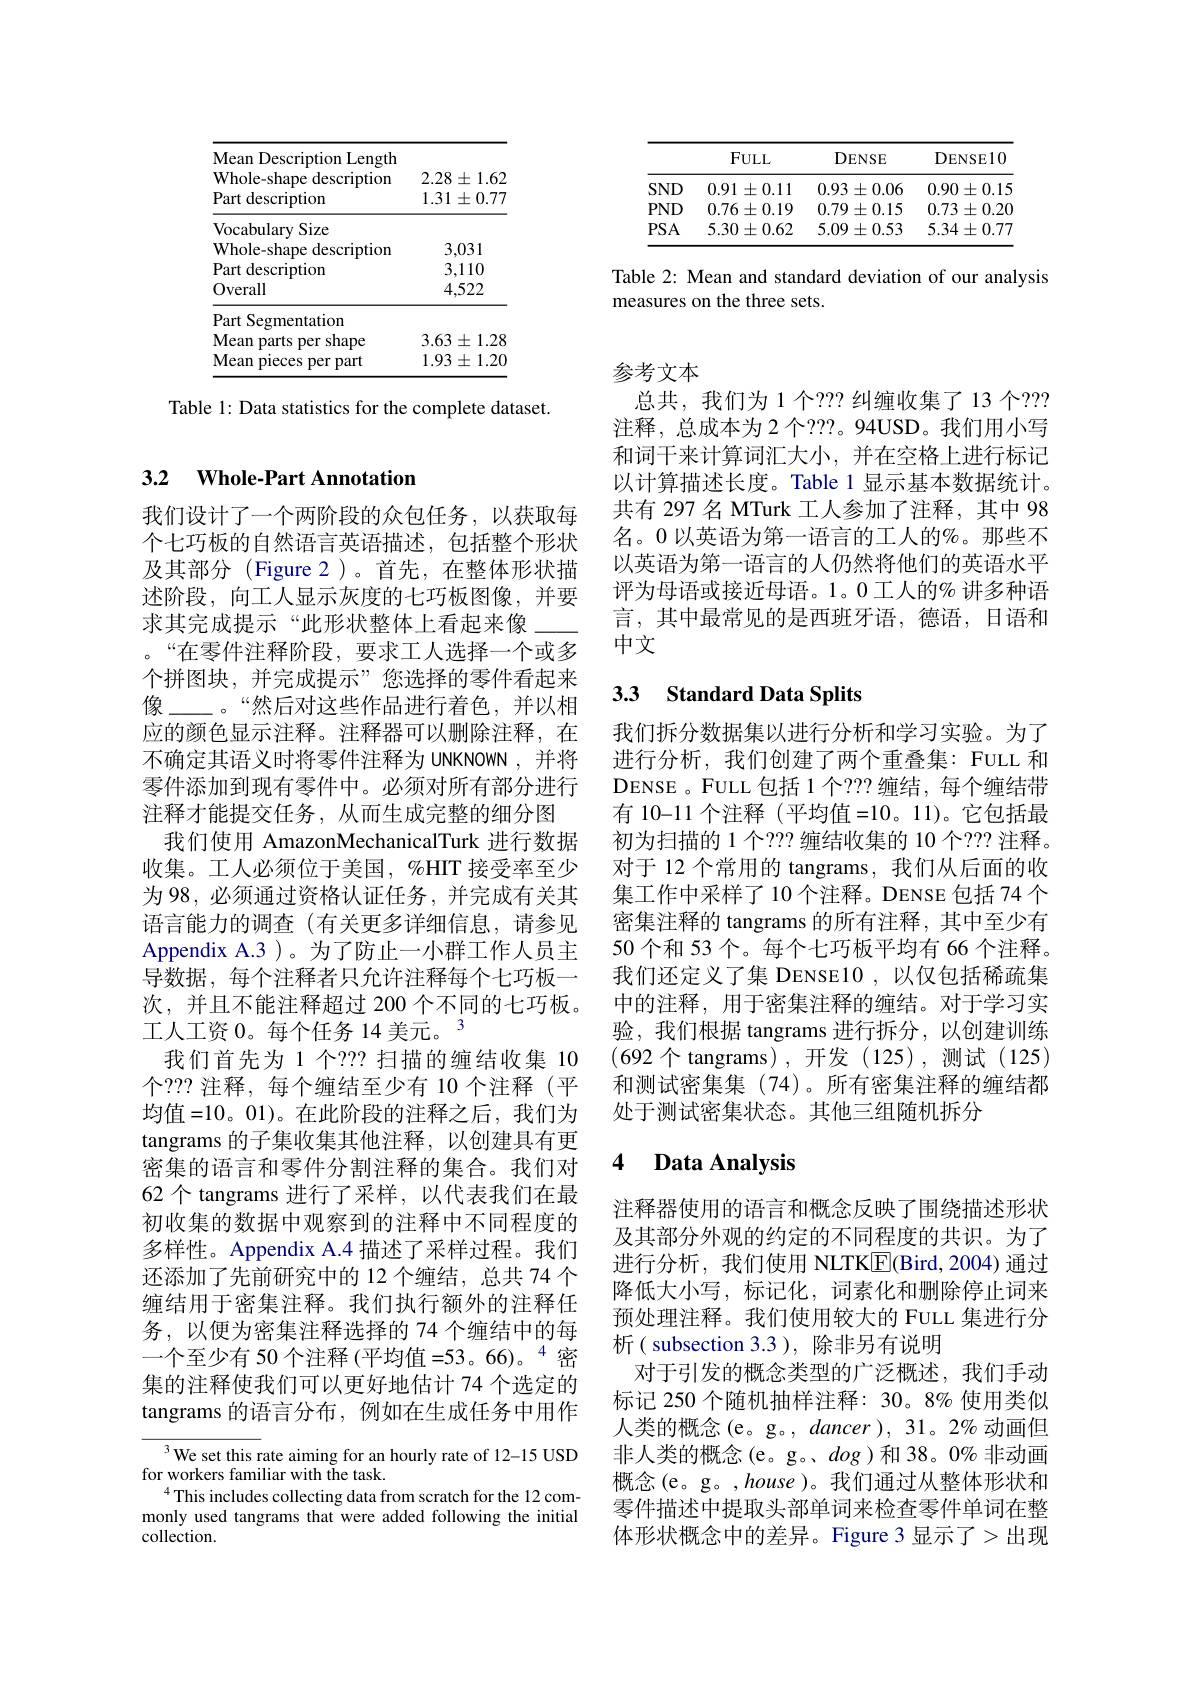
<table>
	<tbody>
		<tr>
			<th>Mean Description Length </th>
			<th> </th>
		</tr>
		<tr>
			<th>Whole-shane $e$ description</th>
			<th>$2.28\pm1.62$ </th>
		</tr>
		<tr>
			<th>Part description</th>
			<th>$1.31\pm0.77$</th>
		</tr>
		<tr>
			<td>Vocabulary Size</td>
			<td> </td>
		</tr>
		<tr>
			<td>Whole-shape description</td>
			<td>3,031</td>
		</tr>
		<tr>
			<td>Part description</td>
			<td>3.1 110</td>
		</tr>
		<tr>
			<td>t ucscilpuom Overall</td>
			<td>0,110 4,522</td>
		</tr>
		<tr>
			<td>Part Segmentation</td>
			<td> </td>
		</tr>
		<tr>
			<td>Mean p parts 3 per shape</td>
			<td>$3.63\pm1.28$</td>
		</tr>
		<tr>
			<td>Mean pieces per part </td>
			<td>$1.93\pm1.20$</td>
		</tr>
	</tbody>
</table>

Table 1: Data statistics for the complete dataset.

<table>
	<tbody>
		<tr>
			<th> </th>
			<th>$FULL$</th>
			<th>DENSE</th>
			<th>DENSE10</th>
		</tr>
		<tr>
			<td>$SND$</td>
			<td>0.91 $\pm0.11$</td>
			<td>0.93 $3\pm0.06$</td>
			<td>0.90 $)\pm0.15$</td>
		</tr>
		<tr>
			<td>$PND$</td>
			<td>$0.76\pm0.19$</td>
			<td>$0.79\pm0.15$</td>
			<td>$0.73\pm0.20$</td>
		</tr>
		<tr>
			<td>$PSA$</td>
			<td>$5.30\pm0.62$</td>
			<td>$5.09\pm0.53$</td>
			<td>5.34 $4\pm0.77$</td>
		</tr>
	</tbody>
</table>

Table 2: Mean and standard deviation of our analysis
measures on the three sets.

# 3.2 $\textbf{Whole- Part Annotation}$

我们设计了一个两阶段的众包任务，以获取每个七巧板的自然语言英语描述，包括整个形状及其部分(Figure 2)。首先，在整体形状描述阶段，向工人显示灰度的七巧板图像，并要求其完成提示“此形状整体上看起来像\_-- 。“在零件注释阶段，要求工人选择一个或多个拼图块，并完成提示”您选择的零件看起来像\_—。“然后对这些作品进行着色，并以相应的颜色显示注释。注释器可以删除注释，在不确定其语义时将零件注释为 UNKNOWN ,并将零件添加到现有零件中。必须对所有部分进行注释才能提交任务，从而生成完整的细分图
我们使用 AmazonMechanicalTurk 进行数据收集。工人必须位于美国，%HIT 接受率至少为 98, 必须通过资格认证任务，并完成有关其语言能力的调查(有关更多详细信息，请参见Appendix A.3 )。为了防止一小群工作人员主导数据，每个注释者只允许注释每个七巧板一次，并且不能注释超过 200 个不同的七巧板。工人工资 0。每个任务 14 美元。$^{3}$
我们首先为 1 个？?? 扫描的缠结收集 10个？?? 注释，每个缠结至少有 10 个注释(平均值=10。01)。在此阶段的注释之后，我们为tangrams 的子集收集其他注释，以创建具有更密集的语言和零件分割注释的集合。我们对62 个 tangrams 进行了采样，以代表我们在最初收集的数据中观察到的注释中不同程度的多样性。Appendix A.4 描述了采样过程。我们还添加了先前研究中的 12 个缠结，总共 74 个缠结用于密集注释。我们执行额外的注释任务，以便为密集注释选择的 74 个缠结中的每一个至少有 50 个注释 (平均值=53。66)。“密集的注释使我们可以更好地估计 74 个选定的tangrams 的语言分布，例如在生成任务中用作$^{3}$We set this rate aiming for an hourly rate of 12-15 USD

for workers familiar with the task.
$^{4}$This includes collecting data from scratch for the 12 commonly used tangrams that were added following the initial collection.

## 参考文本

总共，我们为 1 个？?? 纠缠收集了 13 个？?? 注释，总成本为 2 个？??。94USD。我们用小写和词干来计算词汇大小，并在空格上进行标记以计算描述长度。Table 1 显示基本数据统计。共有 297 名 MTurk 工人参加了注释，其中 98名。0 以英语为第一语言的工人的%。那些不以英语为第一语言的人仍然将他们的英语水平评为母语或接近母语。1。0 工人的% 讲多种语言，其中最常见的是西班牙语，德语，日语和中文

# 3.3 Standard Data Splits

我们拆分数据集以进行分析和学习实验。为了进行分析，我们创建了两个重叠集：FULL 和DENSE 。FULL 包括 1 个？?? 缠结，每个缠结带有 10-11 个注释 (平均值=10。11)。它包括最初为扫描的 1 个？?? 缠结收集的 10 个？?? 注释。对于 12 个常用的 tangrams, 我们从后面的收集工作中采样了10个注释。DENSE包括74个密集注释的 tangrams 的所有注释，其中至少有50 个和 53 个。每个七巧板平均有 66 个注释。我们还定义了集 DENSE10 ,以仅包括稀疏集中的注释，用于密集注释的缠结。对于学习实验，我们根据 tangrams 进行拆分，以创建训练(692个tangrams),开发(125),测试(125) 和测试密集集(74)。所有密集注释的缠结都处于测试密集状态。其他三组随机拆分

# 4 Data Analysis

注释器使用的语言和概念反映了围绕描述形状及其部分外观的约定的不同程度的共识。为了进行分析，我们使用 NLTK$\underline{\mathrm{E}}($Bird,2004)通过降低大小写，标记化，词素化和删除停止词来预处理注释。我们使用较大的 FULL 集进行分析( subsection 3.3), 除非另有说明
对于引发的概念类型的广泛概述，我们手动标记 250 个随机抽样注释：30。8% 使用类似人类的概念(e。g。, dancer ), 31。2% 动画但非人类的概念(e。g。dog)和38。0%非动画概念(e。g。,house)。我们通过从整体形状和零件描述中提取头部单词来检查零件单词在整体形状概念中的差异。Figure 3 显示了>出现